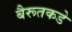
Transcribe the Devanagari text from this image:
बैरूतकडे